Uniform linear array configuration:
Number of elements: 16
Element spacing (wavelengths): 1
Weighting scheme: blackman
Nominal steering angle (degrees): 0
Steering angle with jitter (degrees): -1.183
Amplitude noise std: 0.05
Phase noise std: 0.05

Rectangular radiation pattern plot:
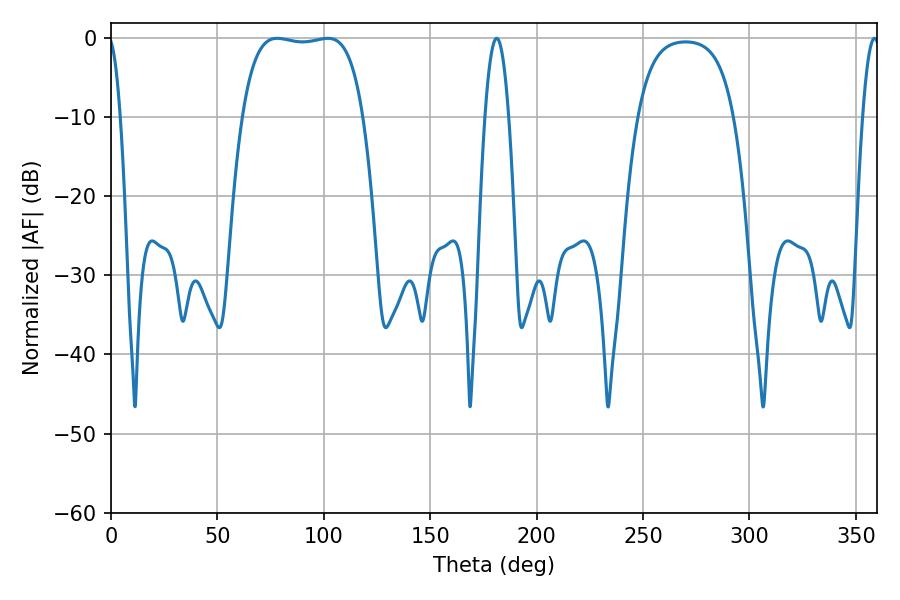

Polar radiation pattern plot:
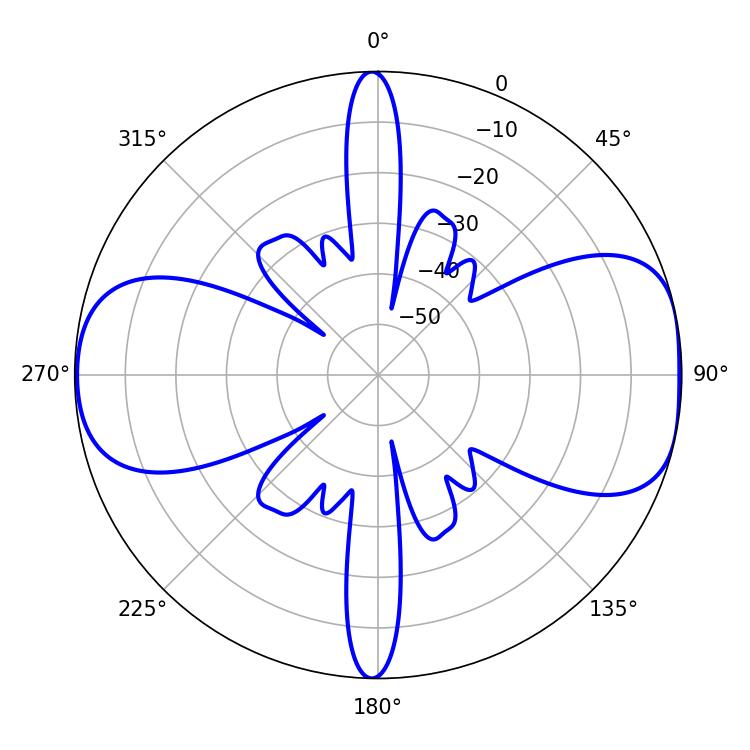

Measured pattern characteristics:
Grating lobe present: TRUE
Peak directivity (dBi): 8.83
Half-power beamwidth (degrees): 45
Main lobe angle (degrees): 78.12